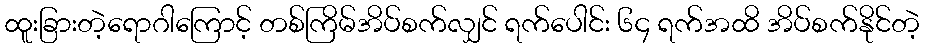
ထူးခြားတဲ့ရောဂါကြောင့် တစ်ကြိမ်အိပ်စက်လျှင် ရက်ပေါင်း ၆၄ ရက်အထိ အိပ်စက်နိုင်တဲ့